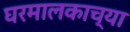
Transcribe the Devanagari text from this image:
घरमालकाच्या